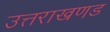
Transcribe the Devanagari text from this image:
उत्तराखणड